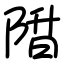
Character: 陹